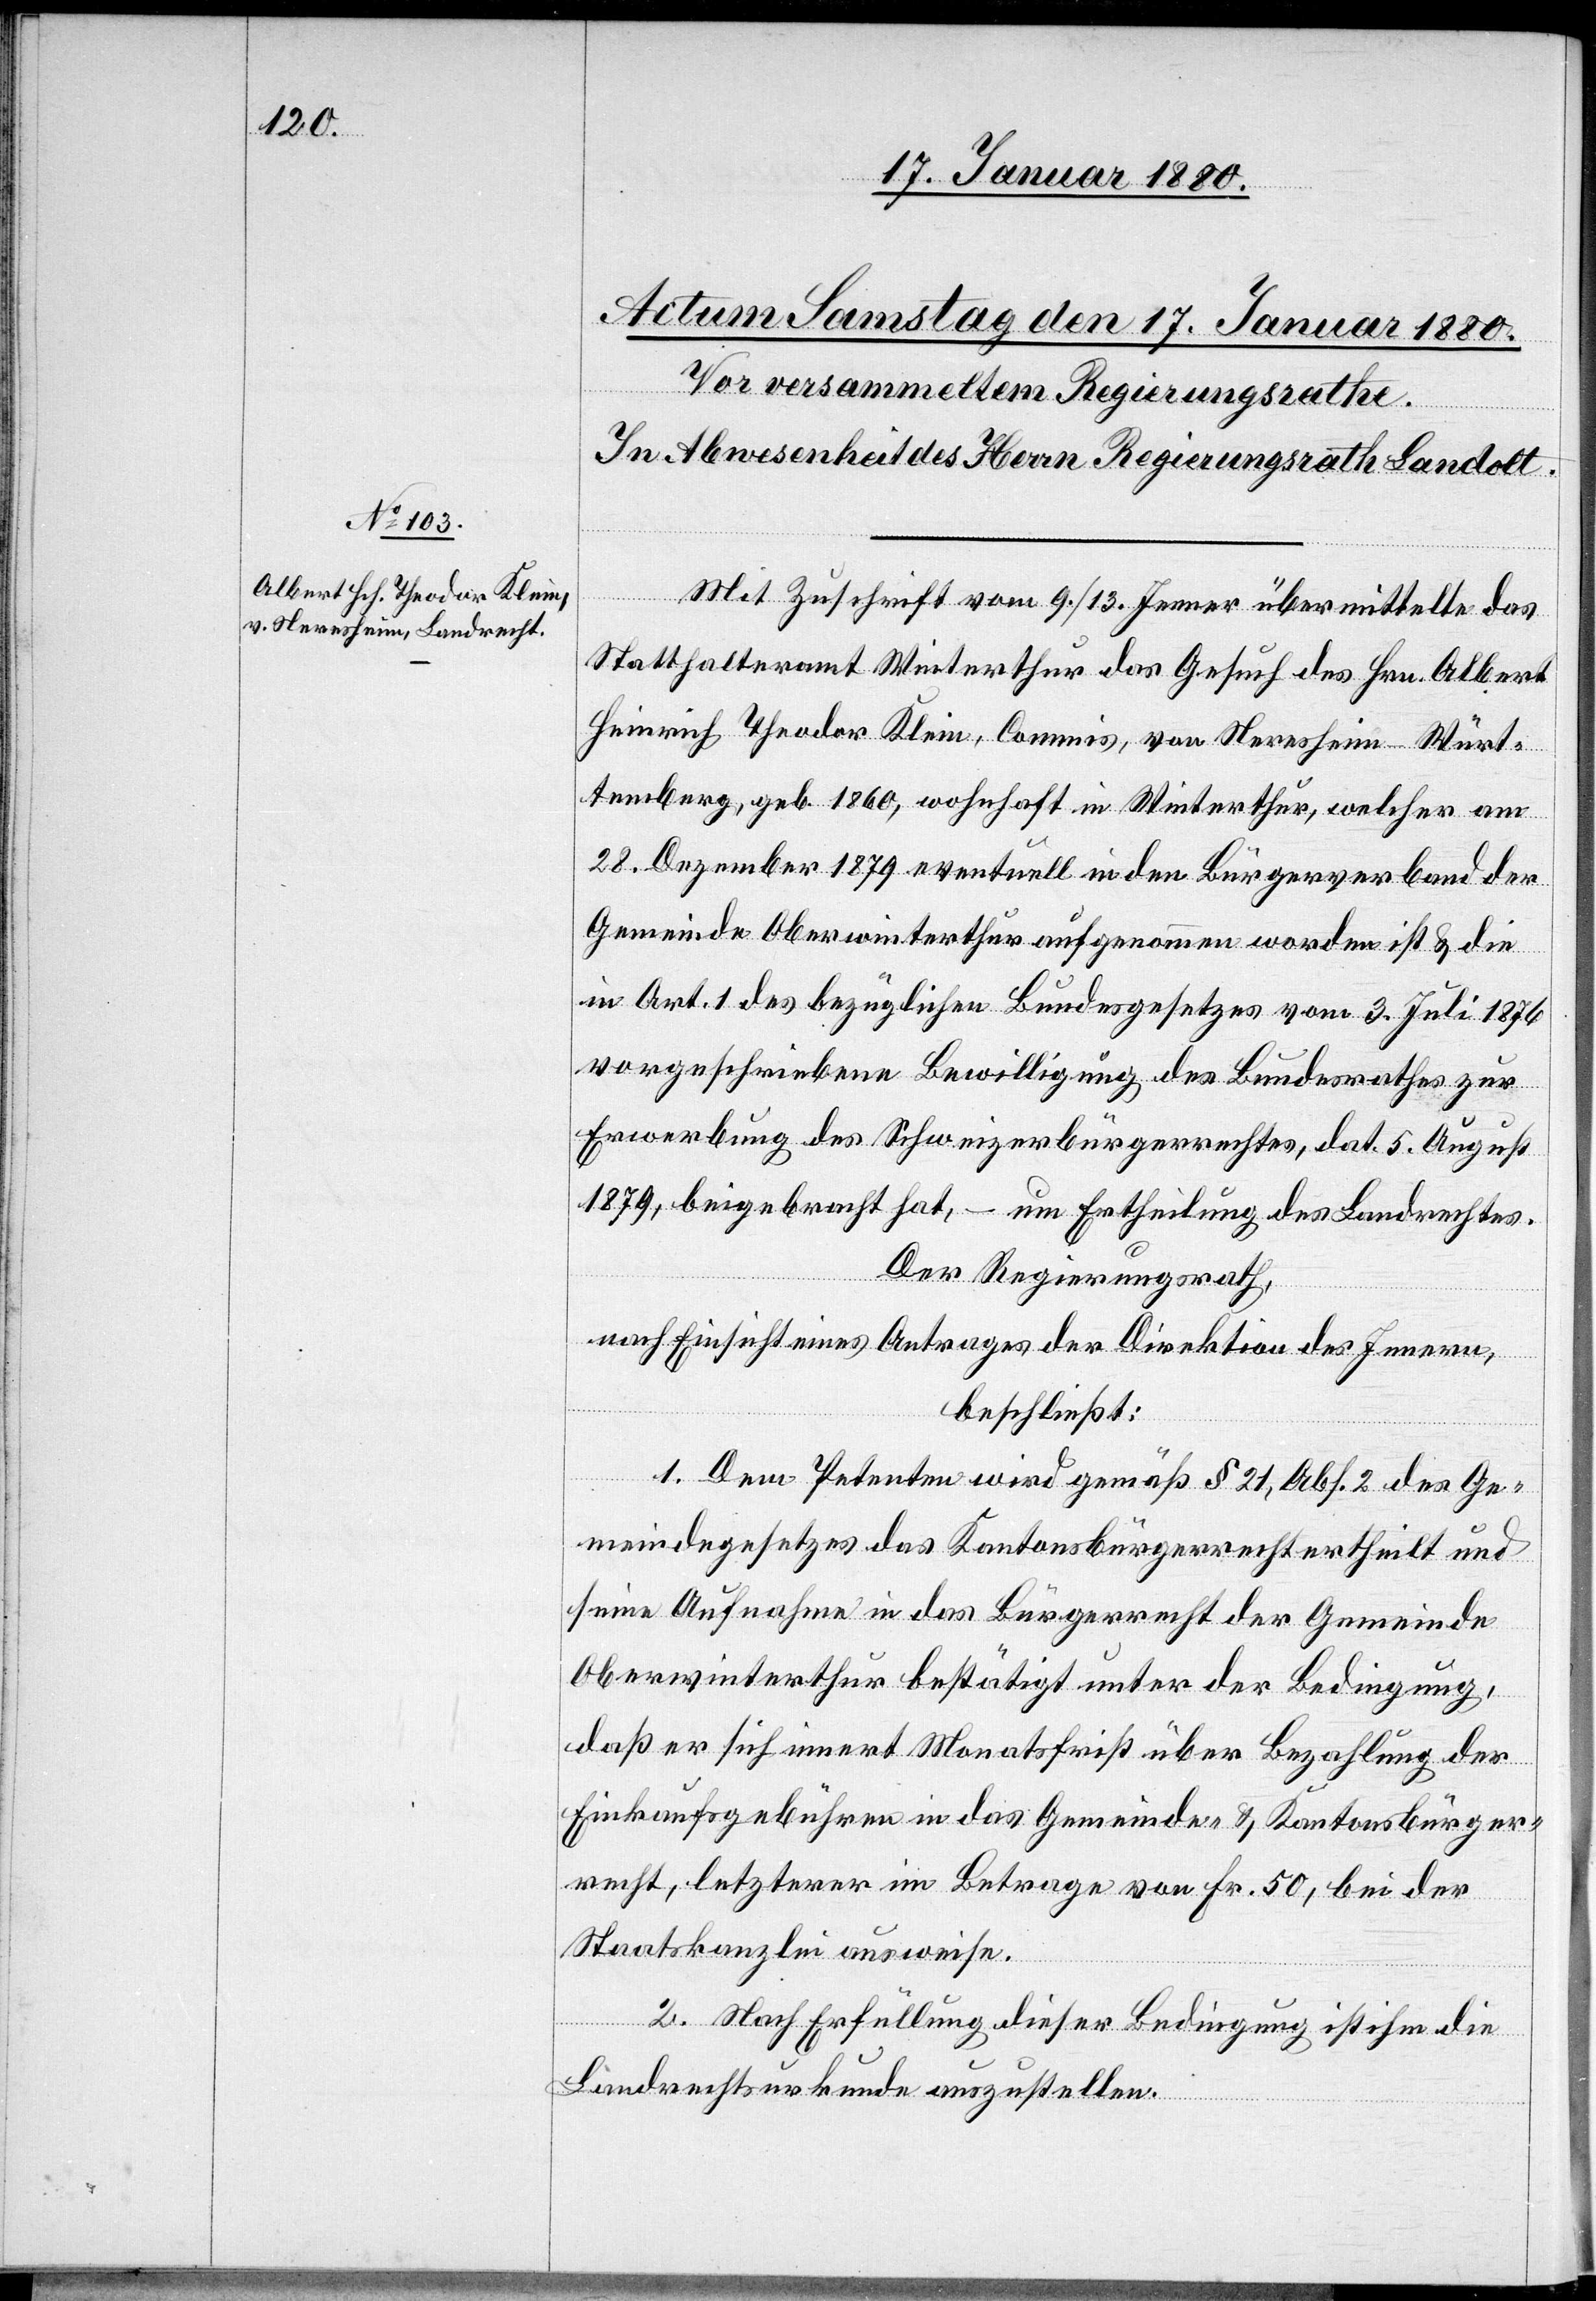
Mit Zuschrift vom 9./13. Jenner übermittelte das
Statthalteramt Winterthur das Gesuch des Hrn. Albert
Heinrich Theodor Klein, Commis, von Neresheim Würt¬
temberg, geb. 1860, wohnhaft in Winterthur, welcher am
28. Dezember 1879 eventuell in den Bürgerverband der
Gemeinde Oberwinterthur aufgenommen worden ist & die
in Art. 1 des bezüglichen Bundesgesetzes vom 3. Juli 1876
vorgeschriebene Bewilligung des Bundesrathes zur
Erwerbung des Schweizerbürgerrechtes dat. 5. August
1879, beigebracht hat, – um Ertheilung des Landrechtes.
Der Regierungsrath,
nach Einsicht eines Antrages der Direktion des Innern,
beschließt:
1. Dem Petenten wird gemäß § 21, Abs. 2 des Ge¬
meindegesetzes das Kantonsbürgerrecht ertheilt und
seine Aufnahme in das Bürgerrecht der Gemeinde
Oberwinterthur bestätigt unter der Bedingung,
daß er sich innert Monatsfrist über Bezahlung der
Einkaufsgebühren in das Gemeinde- & Kantonsbürger¬
recht, letzterer im Betrage von Fr. 50, bei der
Staatskanzlei ausweise.
2. Nach Erfüllung dieser Bedingung ist ihm die
Landrechtsurkunde auszustellen.